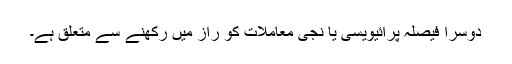
دوسرا فیصلہ پرائیویسی یا نجی معاملات کو راز میں رکھنے سے متعلق ہے۔